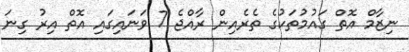
ނިޒާމް އޮތް ގައުމުތަކުގެ ތެރެއިން ރާއްޖެ 7 ވަނައިގައި އޮތް އިރު ގިނަ